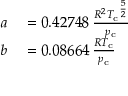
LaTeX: \begin{array} { r l } { a } & { { } = 0 . 4 2 7 4 8 \, { \frac { R ^ { 2 } { T _ { \mathrm { c } } } ^ { \frac { 5 } { 2 } } } { p _ { \mathrm { c } } } } } \\ { b } & { { } = 0 . 0 8 6 6 4 \, { \frac { R T _ { \mathrm { c } } } { p _ { \mathrm { c } } } } } \end{array}